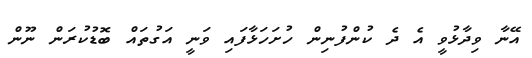
އޭނާ ވިދާޅުވީ އެ ދެ ކުންފުނިން ހުށަހަޅާފައި ވަނީ އަގުތައް ބޮޑުކުރަން ނޫން